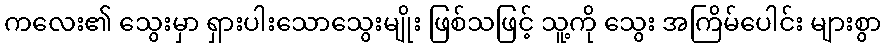
ကလေး၏ သွေးမှာ ရှားပါးသောသွေးမျိုး ဖြစ်သဖြင့် သူ့ကို သွေး အကြိမ်ပေါင်း များစွာ